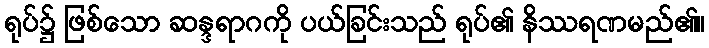
ရုပ်၌ ဖြစ်သော ဆန္ဒရာဂကို ပယ်ခြင်းသည် ရုပ်၏ နိဿရဏမည်၏။